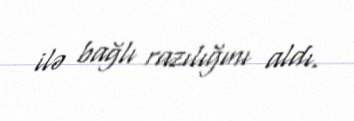
ilə bağlı razılığını aldı.